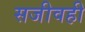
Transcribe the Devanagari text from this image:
सजीवही